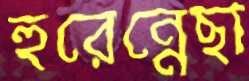
হুরেন্নেছা